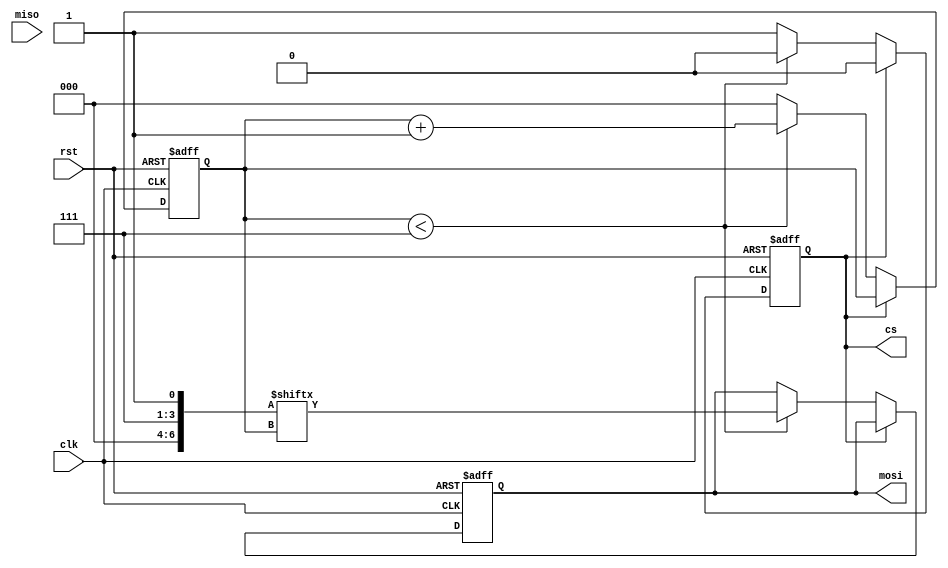
module spi_master(
    input wire clk,
    input wire rst,
    output reg cs,
    output reg mosi,
    input wire miso
);

reg [7:0] data_out; // Data to be transmitted
reg [7:0] data_in; // Data received
reg shift_reg;
reg [2:0] bit_count;

parameter CLK_DIVIDER = 4; // Clock divider for generating clock pulses

always @(posedge clk or posedge rst) begin
    if (rst) begin
        cs <= 1'b1; // Deselect all slave devices
        mosi <= 1'b0; // Set MOSI signal low
        shift_reg <= 1'b0; // Reset shift register
        bit_count <= 0; // Reset bit count
    end else begin
        if (cs) begin
            cs <= 1'b0; // Select slave device
        end else begin
            if (bit_count < 7) begin
                // Shift out data bits
                mosi <= data_out[bit_count];
                shift_reg <= {shift_reg[6:0], mosi}; // Shift register for transmitting
                bit_count <= bit_count + 1; // Increment bit count
            end else begin
                // Capture incoming data bits
                data_in <= {miso, data_in[7:1]}; // Shift register for receiving
                bit_count <= 0; // Reset bit count
                cs <= 1'b1; // Deselect slave device
            end
        end
    end
end

// Generate clock pulses
reg [CLK_DIVIDER-1:0] clk_div;
initial begin
    clk_div <= 0;
end

always @(posedge clk or posedge rst) begin
    if (rst) begin
        // Reset clock divider
        clk_div <= 0;
    end else if (clk_div == CLK_DIVIDER-1) begin
        // Toggle clock for every CLK_DIVIDER cycles
        clk_div <= 0;
    end else begin
        clk_div <= clk_div + 1;
    end
end

endmodule